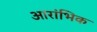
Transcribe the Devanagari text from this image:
आरांभिक